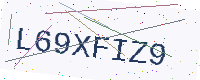
Text: L69XFIZ9